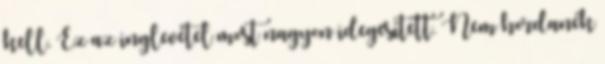
kell. Ez az inglevétel most nagyon idegesített. Nem hordanék